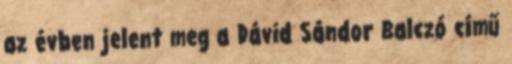
az évben jelent meg a Dávid Sándor Balczó című